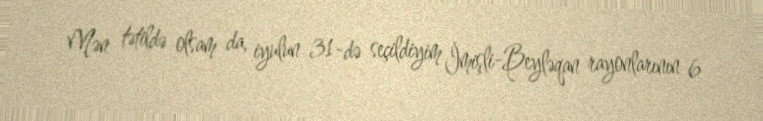
Mən tətildə olsam da, iyulun 31-də seçildiyim İmişli-Beyləqan rayonlarının 6